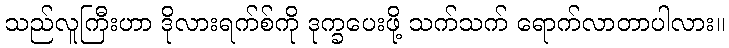
သည်လူကြီးဟာ ဒိုလားရက်စ်ကို ဒုက္ခပေးဖို့ သက်သက် ရောက်လာတာပါလား။